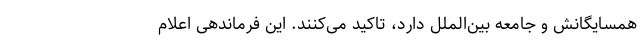
همسایگانش و جامعه بین‌الملل دارد، تاکید می‌کنند. این فرماندهی اعلام